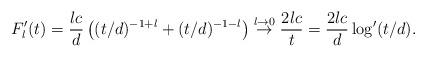
LaTeX: \begin{align*} F_l'(t) = \frac{lc}{d}\left((t/d)^{-1+l} + (t/d)^{-1-l}\right) \overset{l\rightarrow 0}{\rightarrow} \frac{2lc}{t} = \frac{2lc}{d}\log'(t/d). \end{align*}